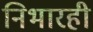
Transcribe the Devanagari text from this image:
निभारही